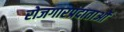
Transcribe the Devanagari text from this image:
रोजगारप्रदाताओं